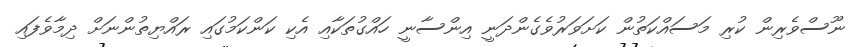
ނޫސްވެރިން ކުރި މަސައްކަތުން ކަށަވަރުވެގެންދަނީ އިންސާނީ ހައްގުތަކާއި އެކި ކަންކަމުގައި ރައްޔިތުންނަށް ދިމާވެފައި